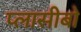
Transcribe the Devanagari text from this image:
प्लासीबो